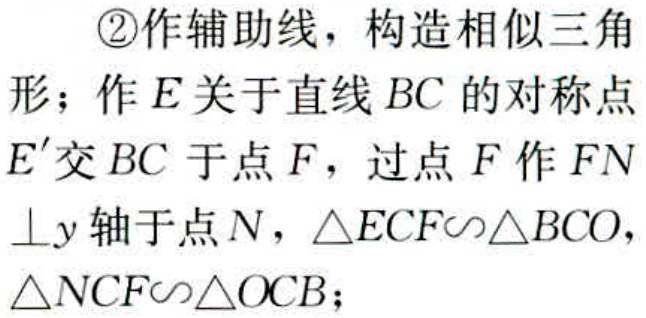
\textcircled{2}作辅助线，构造相似三角形；作\(E\)关于直线\(BC\)的对称点\(E'\)交\(BC\)于点\(F\)，过点\(F\)作\(FN\perp y\)轴于点\(N\)，\(\triangle ECF\backsim\triangle BCO\)，\(\triangle NCF\backsim\triangle OCB\)；